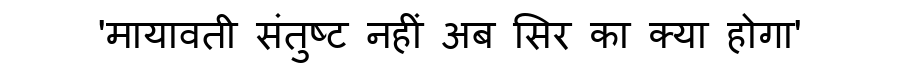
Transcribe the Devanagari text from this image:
'मायावती संतुष्ट नहीं अब सिर का क्या होगा'